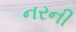
નરની